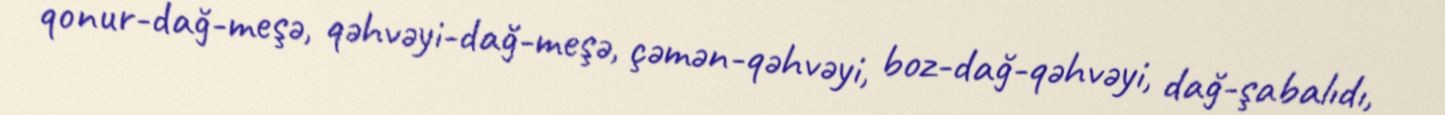
qonur-dağ-meşə, qəhvəyi-dağ-meşə, çəmən-qəhvəyi, boz-dağ-qəhvəyi, dağ-şabalıdı,